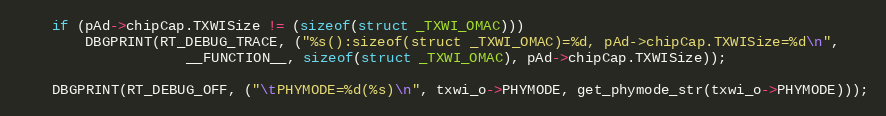
Language: C
	if (pAd->chipCap.TXWISize != (sizeof(struct _TXWI_OMAC)))
		DBGPRINT(RT_DEBUG_TRACE, ("%s():sizeof(struct _TXWI_OMAC)=%d, pAd->chipCap.TXWISize=%d\n",
					__FUNCTION__, sizeof(struct _TXWI_OMAC), pAd->chipCap.TXWISize));

	DBGPRINT(RT_DEBUG_OFF, ("\tPHYMODE=%d(%s)\n", txwi_o->PHYMODE, get_phymode_str(txwi_o->PHYMODE)));